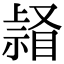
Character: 𥉆